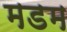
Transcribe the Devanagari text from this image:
मडम